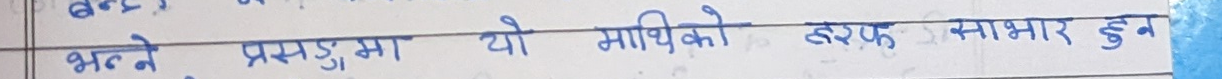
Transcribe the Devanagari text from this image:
भन्ने प्रसङ्गमा यो माथिको हरफ साभार हुन